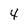
Character: 4